Annual administration report of the Civil Veterinary Department of India - 1895-1896
Year: 1895
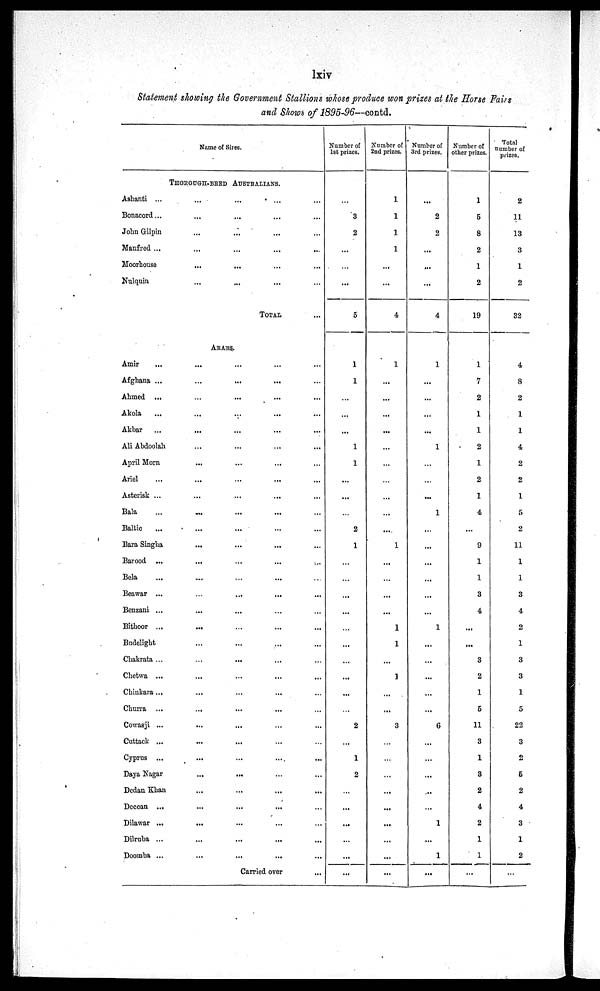
lxiv
Statement showing the Government Stallions whose produce won prizes at the Horse Fairs
and Shows of 1895-96—contd.
Name of Sires.
THOROUGH-BRED AUSTRALIANS.
Asbanti ...
...
... ... ...
Bonacord...
...
...
...
...
John Gilpin
...
...
...
...
Manfred ...
...
...
...
...
Moorhouse
...
...
...
...
Nulquin
...
...
...
TOTAL...
ARABS.
Amir...
... ... ...
Afghana ...
...
...
... ...
Ahmed ...
...
...
...
Akola
...
...
...
...
Akbar
...
...
...
...
Ali Abdoolah
...
...
April Morn
...
...
... ...
Ariel
...
...
...
...
Asterisk ...
...
...
...
...
Bala
...
...
...
Baltic
...
...
...
Bara Singha
...
...
...
...
Barood ...
...
...
... ...
Bela
...
...
... ...
Beawar ...
...
...
...
Benzani ...
...
... ... ...
Bithoor ...
...
...
...
...
Budclight
...
...
... ...
Chakrata ...
...
...
... ...
Chetwa ...
...
...
...
Chinkara
...
...
...
... ...
Churra
...
...
...
... ...
Cowasji ...
...
...
...
...
Cuttack ...
...
...
... ...
Cyprus ...
...
...
....
...
Daya Nagar
...
... ... ...
Dedan Khan
...
...
...
...
Deccan ...
...
...
... ...
Dilawar ...
...
...
... ...
Dilruba ...
...
...
...
...
Doomba ...
...
...
...
...
Carried over
...
Number of
1st prizes.
...
3
2
...
...
5
1
1
...
...
...
1
1
...
...
...
2
1
...
...
...
...
...
...
...
...
...
2
...
1
2
...
...
...
...
...
Number of
2nd prizes.
1
1
1
1
...
...
4
1
...
...
...
...
...
...
...
...
...
...
1
...
...
...
...
1
1
...
1
...
...
3
...
...
...
...
...
...
...
...
...
Number of
3rd prizes.
...
2
2
...
...
...
4
1
...
...
...
1
...
...
...
1
...
...
...
...
...
...
1
...
...
...
...
...
6
...
...
...
...
...
1
...
1
...
Number of
other prizes.
1
5
8
2
1
2
19
1
7
2
1
1
2
1
2
1
4
...
9
1
1
3
4
...
...
3
2
1
5
11
3
1
3
2
4
2
1
1
...
Total
number of
prizes.
2
11
13
3
1
2
32
4
8
2
1
1
4
2
2
1
5
2
11
1
1
3
4
2
1
3
3
1
5
22
3
2
5
2
4
3
1
2
...